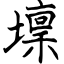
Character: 壈